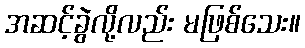
အဆင့်ခွဲလို့လည်း မဖြစ်သေး။